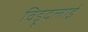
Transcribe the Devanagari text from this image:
विड़ूदलाई